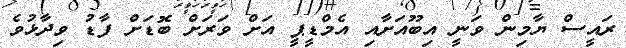
ރައީސް ޔާމިން ވަނީ އިބޫއަށާއި އެމްޑީޕީ އަށް ވަރަށް ބޮޑަށް ފާޑު ވިދާޅުވެ